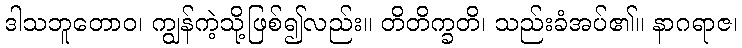
ဒါသဘူတောဝ၊ ကျွန်ကဲ့သို့ဖြစ်၍လည်း။ တိတိက္ခတိ၊ သည်းခံအပ်၏။ နာဂရာဇ၊